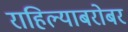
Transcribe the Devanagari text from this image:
राहिल्याबरोबर